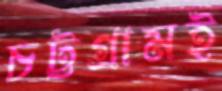
চট্টগ্রামই